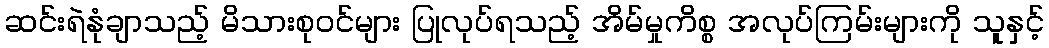
ဆင်းရဲနုံချာသည့် မိသားစုဝင်များ ပြုလုပ်ရသည့် အိမ်မှုကိစ္စ အလုပ်ကြမ်းများကို သူနှင့်